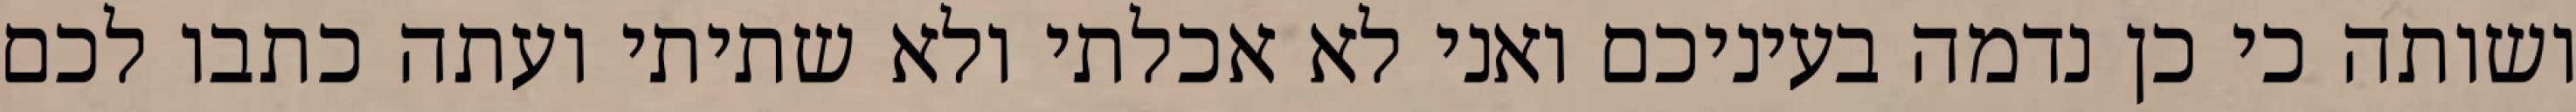
ושותה כי כן נדמה בעיניכם ואני לא אכלתי ולא שתיתי ועתה כתבו לכם